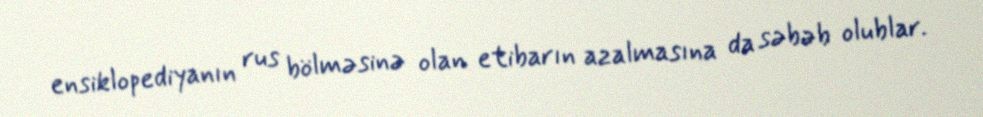
ensiklopediyanın rus bölməsinə olan etibarın azalmasına da səbəb olublar.